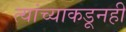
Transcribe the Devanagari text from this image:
त्यांच्याकडूनही